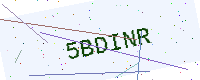
Text: 5BDINR